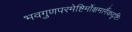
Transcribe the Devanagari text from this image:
भवगुणपरमेष्टिर्मोक्षमार्गैकदृष्टिः